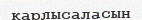
қарлысаласын